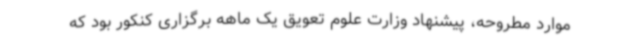
موارد مطروحه، پیشنهاد وزارت علوم تعویق یک ماهه برگزاری کنکور بود که